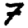
Digit: 7